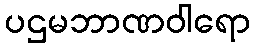
ပဌမဘာဏဝါရော